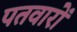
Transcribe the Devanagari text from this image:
पतवारों